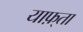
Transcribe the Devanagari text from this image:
याफ़्ता